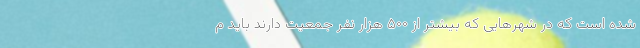
شده است که در شهرهایی که بیشتر از ۵۰۰ هزار نفر جمعیت دارند باید م